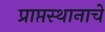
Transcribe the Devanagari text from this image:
प्राप्तस्थानाचे